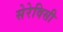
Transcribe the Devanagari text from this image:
सेरेविसी